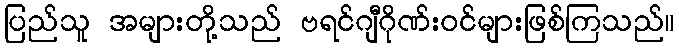
ပြည်သူ အများတို့သည် ဗရင်ဂျီဂိုဏ်းဝင်များဖြစ်ကြသည်။